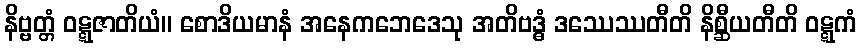
နိဗ္ဗတ္တံ ဝဋ္ဋဇာတိယံ။ စောဒိယမာနံ အနေကဘေဒေသု အတိဗဒ္ဓံ ဒဿေဿတီတိ နိစ္ဆီယတီတိ ဝဋ္ဋကံ